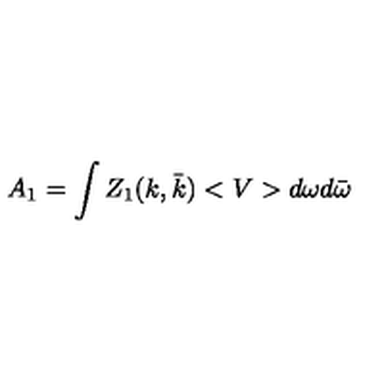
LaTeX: A _ { 1 } = \int Z _ { 1 } ( k , \bar { k } ) < V > d \omega d \bar { \omega }